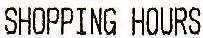
SHOPPING HOURS